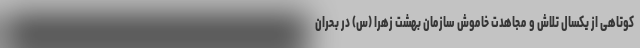
کوتاهی از یکسال تلاش و مجاهدت خاموش سازمان بهشت زهرا (س) در بحران